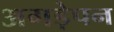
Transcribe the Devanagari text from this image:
अगड़ेपन